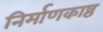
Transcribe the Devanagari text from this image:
निर्माणकाष्ठ